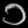
Digit: ၁